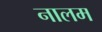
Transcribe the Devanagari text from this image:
नालम